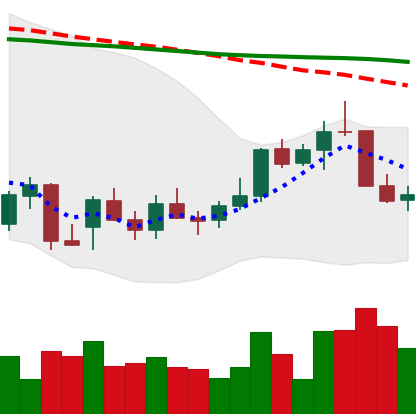
Ticker: LINK-USD
Chart end date: 2021-12-30
Forward return: 17.804%
Label: up_7plus